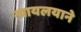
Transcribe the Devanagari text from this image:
न्यायलयाने